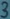
Text: 3